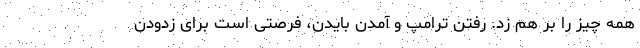
همه چیز را بر هم زد. رفتن ترامپ و آمدن بایدن، فرصتی است برای زدودن